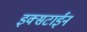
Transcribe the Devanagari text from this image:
इक्सटाईन